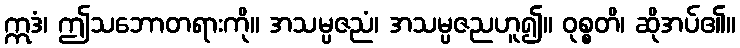
ဣဒံ၊ ဤသဘောတရားကို။ အသမ္ပဇညံ၊ အသမ္ပဇညဟူ၍။ ဝုစ္စတိ၊ ဆိုအပ်၏။